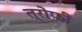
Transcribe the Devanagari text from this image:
त्रोफी